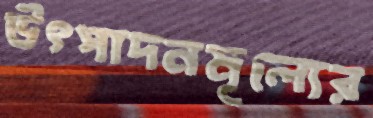
উৎপাদনমূল্যের